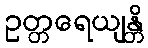
ဥတ္တရေယျန္တိ